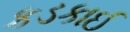
કડકાઈ